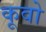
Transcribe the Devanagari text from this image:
कूवो